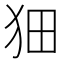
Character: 𤝗